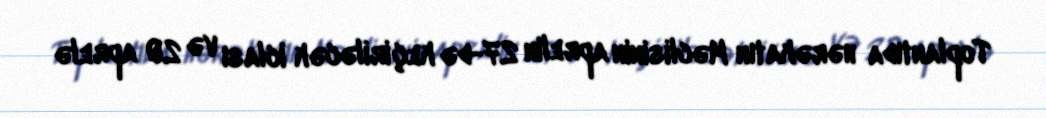
Toplantıda hərəkatın Məclisinin aprelin 27-də keçiriləcək iclası və 20 aprelə